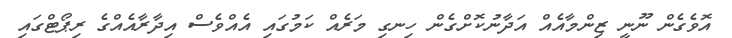
އޮވެގެން ނޫނީ ޒިންމާއެއް އަދާނުކޮށްގެން ހިނގި މަރެއް ކަމުގައި އެއްވެސް އިދާރާއެއްގެ ރިޕޯޓްގައި